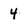
Character: 4